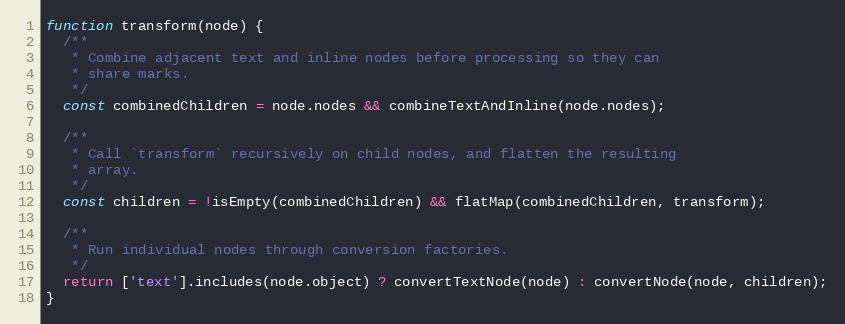
Language: JavaScript
function transform(node) {
  /**
   * Combine adjacent text and inline nodes before processing so they can
   * share marks.
   */
  const combinedChildren = node.nodes && combineTextAndInline(node.nodes);

  /**
   * Call `transform` recursively on child nodes, and flatten the resulting
   * array.
   */
  const children = !isEmpty(combinedChildren) && flatMap(combinedChildren, transform);

  /**
   * Run individual nodes through conversion factories.
   */
  return ['text'].includes(node.object) ? convertTextNode(node) : convertNode(node, children);
}